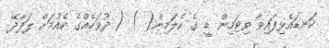
ކަނޑައެޅިފައިވާ ވިޓަމިން ޑީ ގެ ކެލަމިން( ) ( ދުވަހެއްގެ ކެއުމަށް ލަފާދޭ